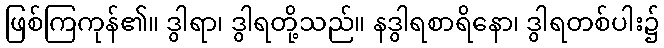
ဖြစ်ကြကုန်၏။ ဒွါရာ၊ ဒွါရတို့သည်။ နဒွါရစာရိနော၊ ဒွါရတစ်ပါး၌